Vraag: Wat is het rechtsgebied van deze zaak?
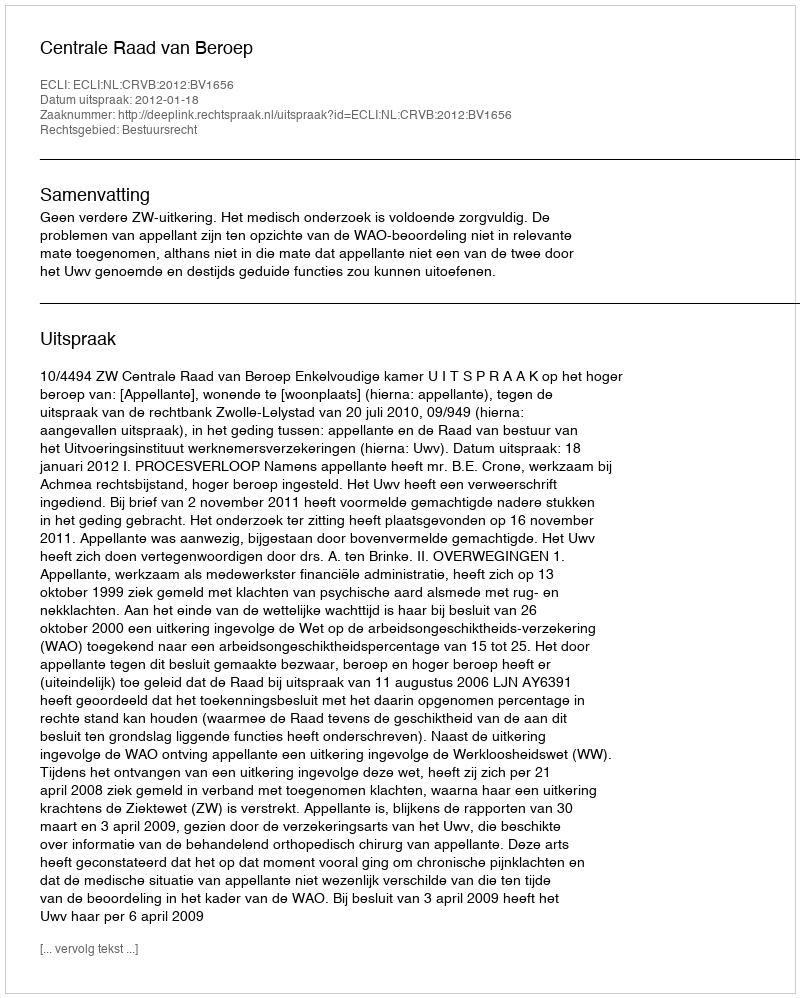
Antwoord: Bestuursrecht